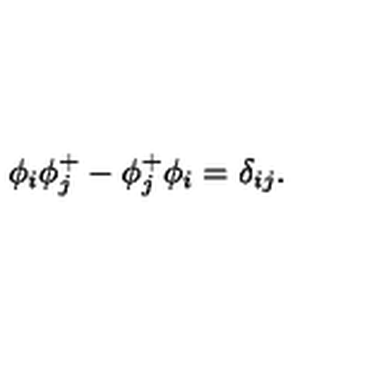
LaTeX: \phi _ { i } \phi _ { j } ^ { + } - \phi _ { j } ^ { + } \phi _ { i } = \delta _ { i j } .